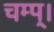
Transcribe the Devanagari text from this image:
चम्प्।